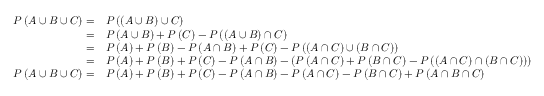
{ \begin{array} { r l } { P \left( A \cup B \cup C \right) = } & { P \left( \left( A \cup B \right) \cup C \right) } \\ { = } & { P \left( A \cup B \right) + P \left( C \right) - P \left( \left( A \cup B \right) \cap C \right) } \\ { = } & { P \left( A \right) + P \left( B \right) - P \left( A \cap B \right) + P \left( C \right) - P \left( \left( A \cap C \right) \cup \left( B \cap C \right) \right) } \\ { = } & { P \left( A \right) + P \left( B \right) + P \left( C \right) - P \left( A \cap B \right) - \left( P \left( A \cap C \right) + P \left( B \cap C \right) - P \left( \left( A \cap C \right) \cap \left( B \cap C \right) \right) \right) } \\ { P \left( A \cup B \cup C \right) = } & { P \left( A \right) + P \left( B \right) + P \left( C \right) - P \left( A \cap B \right) - P \left( A \cap C \right) - P \left( B \cap C \right) + P \left( A \cap B \cap C \right) } \end{array} }